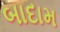
બાદામ